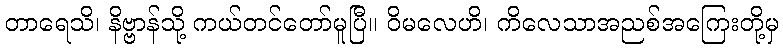
တာရေသိ၊ နိဗ္ဗာန်သို့ ကယ်တင်တော်မူပြီ။ ဝိမလေဟိ၊ ကိလေသာအညစ်အကြေးတို့မှ